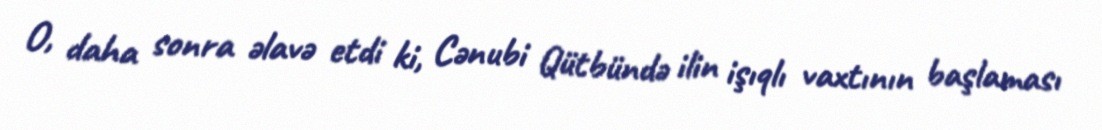
O, daha sonra əlavə etdi ki, Cənubi Qütbündə ilin işıqlı vaxtının başlaması